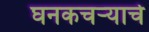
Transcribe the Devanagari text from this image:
घनकचर्‍याचे